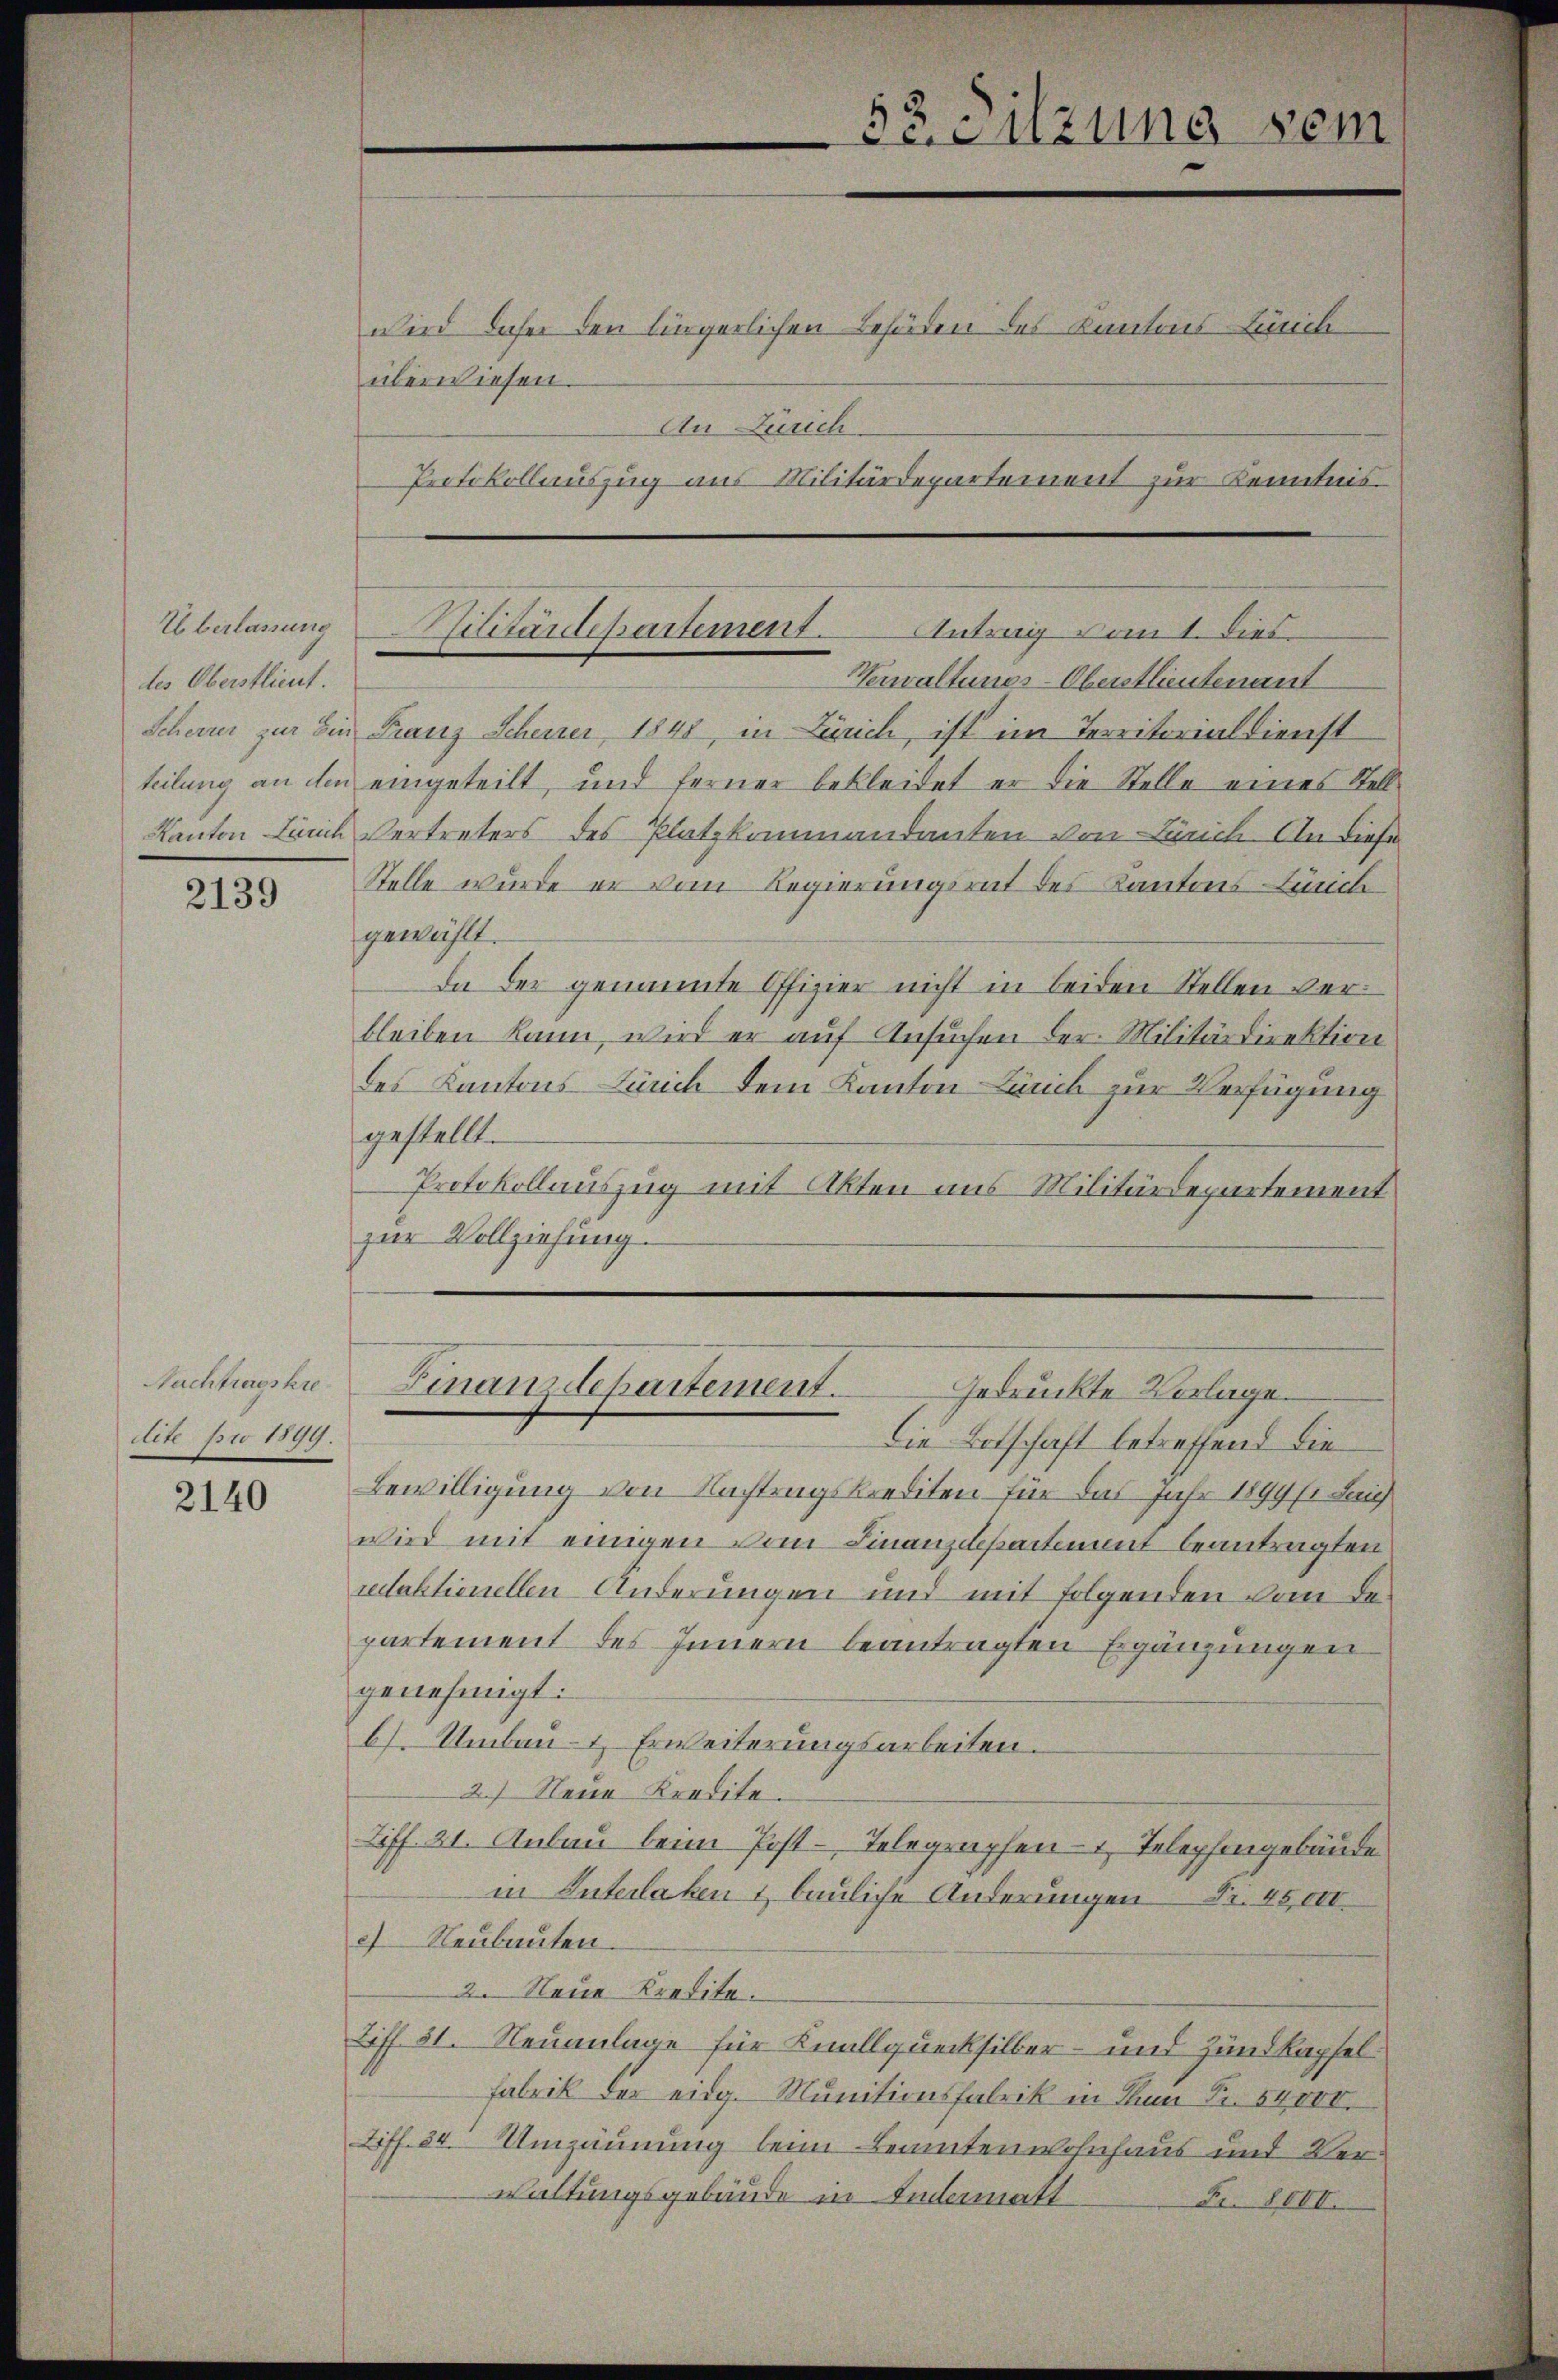
Überlassung
des Oberstlieut.

2139

Nachtragskre
dete pro 1899.

2140

wird daher den bürgerlichen Behörden des Kantons Zürich
überwiesen.
An Zürich
Protokollauszug aus Militärdepartement zur Kenntnis

Verwaltungs-Oberstlieutenant
Scheiner zur Ein Franz Scheiner 1848, in Zürich, ist im Territorial dienst
teilung an den eingeteilt, und ferner bekleidet er die Stelle eines Stell¬
Kanton Lunch Vertreters des Platzkommandanten von Zürich. An diese
Stelle wurde er vom Regierungsrat des Kantons Lunch
gewählt.
da der genannte Offizier nicht in beiden Stellen verbleiben kann, wird er auf Ansuchen der Militärdirektion
des Kantons Zürich dem Kanton Zürich zur Verfügung
gestellt.
Protokollauszug mit Akten aus Militärdepartement
zur Vollziehung.

Niitantepartement. Antrag vom 1. Dies

53. Sitzung sei

Finanzdepartement.
Gedrückte Vorlage.

Die Botschaft betreffend die
Bewilligung von Nachtragskrediten für das Jahr 1899 (1 Lui
wird mit einigen vom Finanzdepartement beantragten
redaktionellen Änderungen und mit folgenden vom Bepartement des Innern beantragten Ergänzungen
genehmigt:
b). Umbau- & Erweiterungsarbeiten.
2) Neue Kredite.
Ziff. 21. Anbau beim Post-Telegraphen- u. Telephongebäude
in Interlaken 1 bauliche Änderungen Nr. 45000
2) Neubauten
2 Neue Kredita.
Liff 51. Neuanlage für Knallquecksilber- und Zundkapfel¬
Fabrik der eidg. Munitionsfabrik in Thun Fr. 54000.
Ziff. 54. Umzäunung beim Beamtenwohnhaus und Verwaltungsgebäude in Indematt
Fr. 80VI.